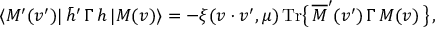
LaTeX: \langle M ^ { \prime } ( v ^ { \prime } ) | \, \bar { h } ^ { \prime } \, \Gamma \, h \, | M ( v ) \rangle = - \xi ( v \cdot v ^ { \prime } , \mu ) \, \mathrm { T r } \big \{ \, \overline { { { \cal { M } } } } ^ { \prime } ( v ^ { \prime } ) \, \Gamma \, { \cal { M } } ( v ) \, \big \} \, ,